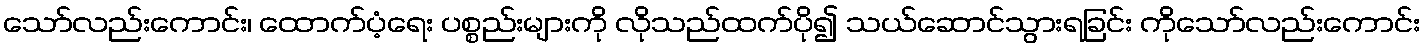
သော်လည်းကောင်း၊ ထောက်ပံ့ရေး ပစ္စည်းများကို လိုသည်ထက်ပို၍ သယ်ဆောင်သွားရခြင်း ကိုသော်လည်းကောင်း